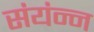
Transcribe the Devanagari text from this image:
संयंन्न